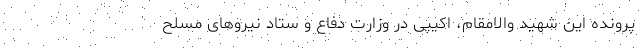
پرونده این شهید والامقام، اکیپی در وزارت دفاع و ستاد نیروهای مسلح